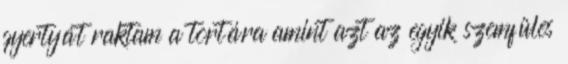
gyertyát raktam a tortára amint azt az egyik szemfüles